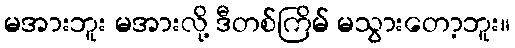
မအားဘူး မအားလို့ ဒီတစ်ကြိမ် မသွားတော့ဘူး။